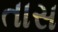
તાસ